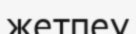
жетпеу